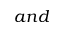
a n d